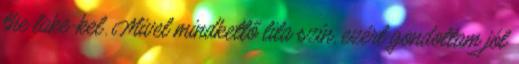
the lake-kel. Mivel mindkettő lila szín, ezért gondoltam jól